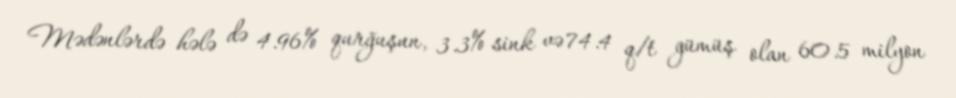
Mədənlərdə hələ də 4.96% qurğuşun, 3.3% sink və 74.4 q/t gümüş olan 60.5 milyon